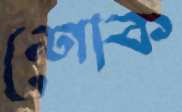
শোক